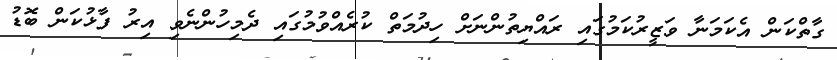
ގާތްކަން އެކަމަނާ ވަޒީރުކަމުގައި ރައްޔިތުންނަށް ހިދުމަތް ކުރެއްވުމުގައި ދެމިހުންނެވި އިރު ފާޅުކަން ބޮޑު